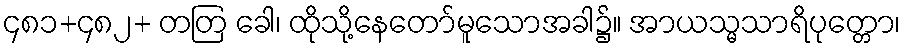
၄၈၁+၄၈၂+ တတြ ခေါ၊ ထိုသို့နေတော်မူသောအခါ၌။ အာယသ္မသာရိပုတ္တော၊